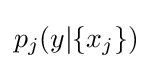
p_{j}(y|\{x_{j}\})